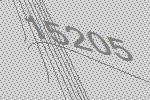
15205